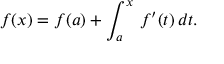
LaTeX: f ( x ) = f ( a ) + \int _ { a } ^ { x } \, f ^ { \prime } ( t ) \, d t .